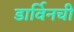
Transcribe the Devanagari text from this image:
डार्विनची